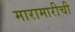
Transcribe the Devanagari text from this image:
मारामारीची